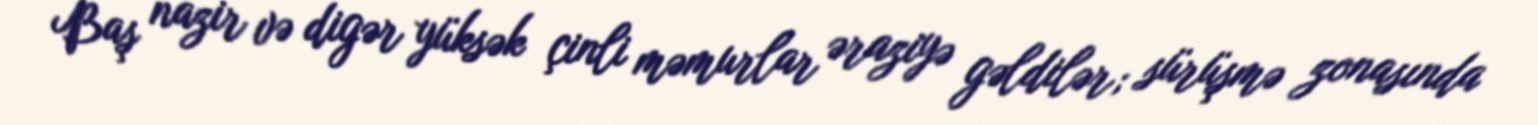
Baş nazir və digər yüksək çinli məmurlar əraziyə gəldilər; sürüşmə zonasında